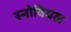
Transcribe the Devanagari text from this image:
स्नोवियल